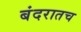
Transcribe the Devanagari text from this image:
बंदरातच